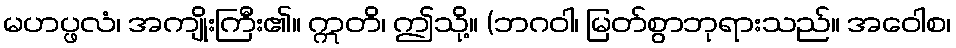
မဟပ္ဖလံ၊ အကျိုးကြီး၏။ ဣတိ၊ ဤသို့။ (ဘဂဝါ၊ မြတ်စွာဘုရားသည်။ အဝေါစ၊